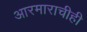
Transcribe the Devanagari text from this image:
आरमाराचीही